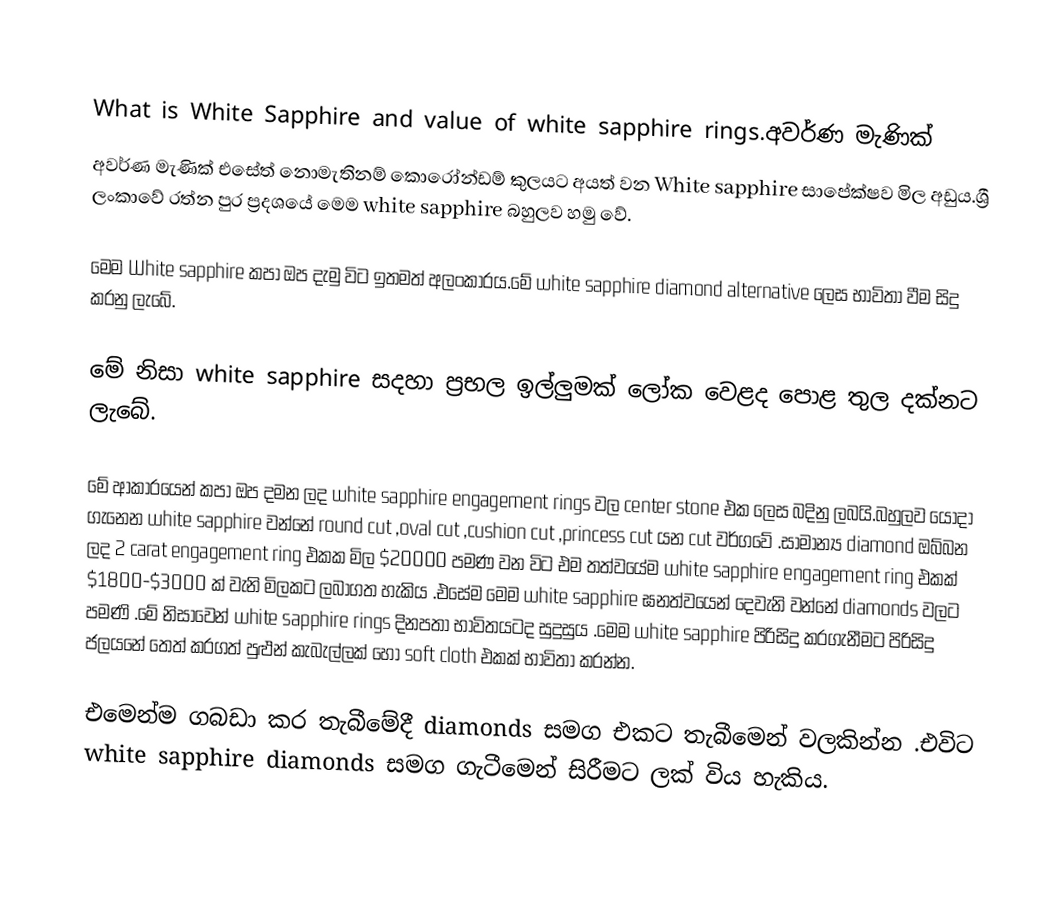

What is White Sapphire and value of white sapphire rings.අවර්ණ මැණික්
අවර්ණ මැණික් එසේත් නොමැතිනම් කොරෝන්ඩම් කුලයට අයත් වන White sapphire සාපේක්ෂව මිල අඩුය.ශ්‍රී ලංකාවේ රත්න පුර ප්‍රදශයේ මෙම white sapphire බහුලව හමු වේ.

මෙම White sapphire කපා ඔප දැමු විට ඉතමත් අලංකාරය.මේ white sapphire diamond alternative ලෙස භාවිතා වීම සිදු කරනු ලැබේ.

මේ නිසා white sapphire සදහා ප්‍රභල ඉල්ලුමක් ලෝක වෙළද පොළ තුල දක්නට ලැබේ.

මේ ආකාරයෙන් කපා ඔප දමන ලද white sapphire engagement rings වල center stone එක ලෙස බදිනු ලබයි.බහුලව යොදා ගැනෙන white sapphire වන්නේ round cut ,oval cut ,cushion cut ,princess cut යන cut වර්ගවේ .සාමාන්‍ය diamond ඔබ්බන ලද 2 carat engagement ring එකක මිල $20000 පමණ වන විට එම තත්වයේම white sapphire engagement ring එකක් $1800-$3000 ක් වැනි මිලකට ලබාගත හැකිය .එසේම මෙම white sapphire ඝනත්වයෙන් දෙවැනි වන්නේ diamonds වලට පමණි .මේ නිසාවෙන් white sapphire rings දිනපතා භාවිතයටද සුදුසුය .මෙම white sapphire පිරිසිදු කරගැනීමට පිරිසිදු ජලයනේ තෙත් කරගත් පුළුන් කැබැල්ලක් හෝ soft cloth එකක් භාවිතා කරන්න.

එමෙන්ම ගබඩා කර තැබීමේදී diamonds සමග  එකට තැබීමෙන් වලකින්න .එවිට white sapphire diamonds සමග ගැටීමෙන් සිරීමට ලක් විය හැකිය.